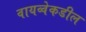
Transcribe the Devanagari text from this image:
वायव्वेकडील